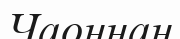
Чаоннан